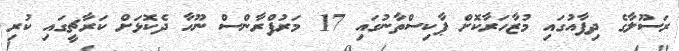
ރަސޫލާގެ ދިފާއުގައި މުޒާހަރާކޮށް ޕާކިސްތާނުގައި 17 މަރުފްރާންސް ނޫހާ ދެކޮޅަށް ކަރާޗީގައި ކުރި